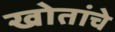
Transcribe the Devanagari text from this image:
खोतांचे